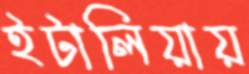
ইটালিয়ায়